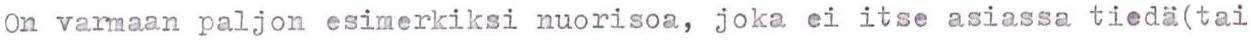
On varmaan paljon esimerkiksi nuorisoa, joka ei itse asiassa tiedä(tai